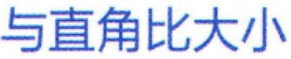
与直角比大小